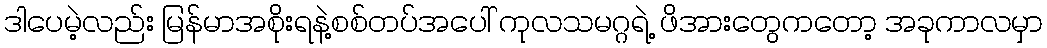
ဒါပေမဲ့လည်း မြန်မာအစိုးရနဲ့စစ်တပ်အပေါ် ကုလသမဂ္ဂရဲ့ ဖိအားတွေကတော့ အခုကာလမှာ